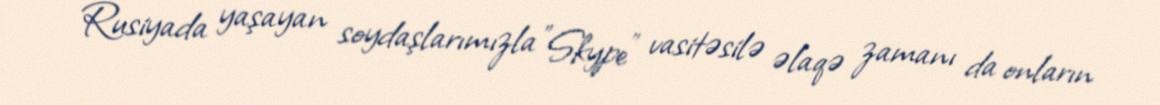
Rusiyada yaşayan soydaşlarımızla "Skype" vasitəsilə əlaqə zamanı da onların